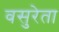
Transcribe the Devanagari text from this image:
वसुरेता